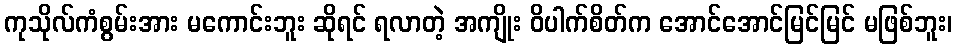
ကုသိုလ်ကံစွမ်းအား မကောင်းဘူး ဆိုရင် ရလာတဲ့ အကျိုး ဝိပါက်စိတ်က အောင်အောင်မြင်မြင် မဖြစ်ဘူး၊